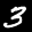
Label: 3